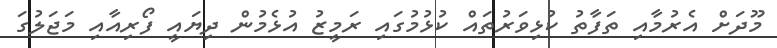
މޫދަށް އެރުމާއި ތަފާތު ކުޅިވަރުތައް ކުޅުމުގައި ރަމީޒު އުޅެމުން ދިޔައީ ފޯރިއާއި މަޖަލުގަ